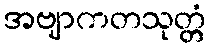
အဗျာကတသုတ္တံ